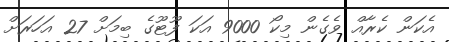
އެކަން ކެރާއް ވެގެން މިކޯ 9000 އަކަ ފޫޓޫގެ ބިމަށް 27 އަހަރަށް